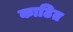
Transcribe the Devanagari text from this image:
काढित